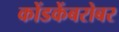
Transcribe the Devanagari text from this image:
कोंडकेंबरोबर